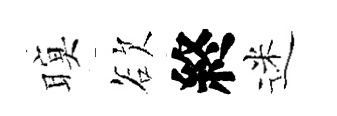
暝欲終迷